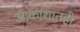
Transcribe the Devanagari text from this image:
आकाशातही